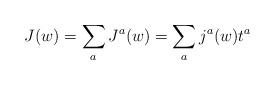
LaTeX: \begin{align*}J(w) = \sum_a J^a(w)=\sum_a j^a(w) t^a\end{align*}